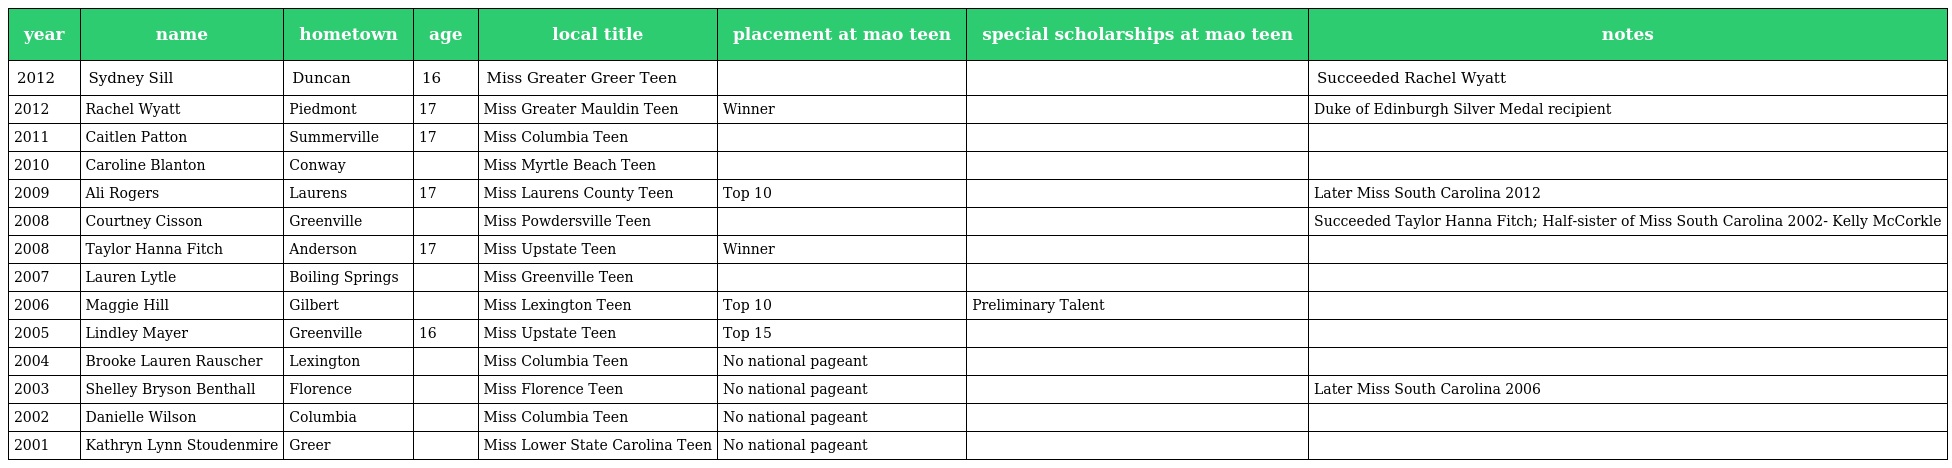
| year | name | hometown | age | local title | placement at mao teen | special scholarships at mao teen | notes |
 | --- | --- | --- | --- | --- | --- | --- | --- |
 | 2012 | Sydney Sill | Duncan | 16 | Miss Greater Greer Teen |  |  | Succeeded Rachel Wyatt |
 | 2012 | Rachel Wyatt | Piedmont | 17 | Miss Greater Mauldin Teen | Winner |  | Duke of Edinburgh Silver Medal recipient |
 | 2011 | Caitlen Patton | Summerville | 17 | Miss Columbia Teen |  |  |  |
 | 2010 | Caroline Blanton | Conway |  | Miss Myrtle Beach Teen |  |  |  |
 | 2009 | Ali Rogers | Laurens | 17 | Miss Laurens County Teen | Top 10 |  | Later Miss South Carolina 2012 |
 | 2008 | Courtney Cisson | Greenville |  | Miss Powdersville Teen |  |  | Succeeded Taylor Hanna Fitch; Half-sister of Miss South Carolina 2002- Kelly McCorkle |
 | 2008 | Taylor Hanna Fitch | Anderson | 17 | Miss Upstate Teen | Winner |  |  |
 | 2007 | Lauren Lytle | Boiling Springs |  | Miss Greenville Teen |  |  |  |
 | 2006 | Maggie Hill | Gilbert |  | Miss Lexington Teen | Top 10 | Preliminary Talent |  |
 | 2005 | Lindley Mayer | Greenville | 16 | Miss Upstate Teen | Top 15 |  |  |
 | 2004 | Brooke Lauren Rauscher | Lexington |  | Miss Columbia Teen | No national pageant |  |  |
 | 2003 | Shelley Bryson Benthall | Florence |  | Miss Florence Teen | No national pageant |  | Later Miss South Carolina 2006 |
 | 2002 | Danielle Wilson | Columbia |  | Miss Columbia Teen | No national pageant |  |  |
 | 2001 | Kathryn Lynn Stoudenmire | Greer |  | Miss Lower State Carolina Teen | No national pageant |  |  |